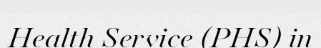
Health Service (PHS) in